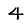
Digit: 4